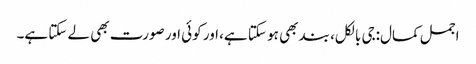
اجمل کمال:جی بالکل، بند بھی ہو سکتا ہے، اور کوئی اور صورت بھی لے سکتا ہے۔